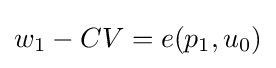
w_{1}-CV=e(p_{1},u_{0})